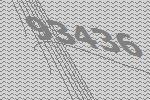
93436